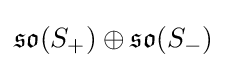
{\mathfrak {so}}(S_{+})\oplus {\mathfrak {so}}(S_{-})